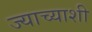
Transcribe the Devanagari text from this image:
ज्याच्याशी